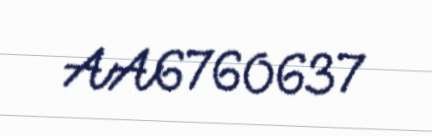
AA6760637